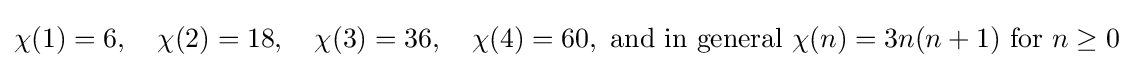
\chi (1)=6,\quad \chi (2)=18,\quad \chi (3)=36,\quad \chi (4)=60,{\text{ and in general }}\chi (n)=3n(n+1){\text{ for }}n\geq 0